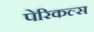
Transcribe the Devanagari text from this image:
पेरिकल्स